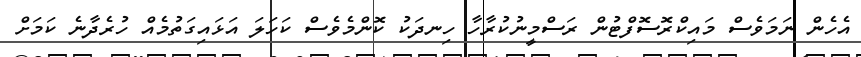
އެހެން ނަމަވެސް މައިކްރޮސޮފްޓުން ރަސްމީނުކުރާހާ ހިނދަކު ކޮންމެވެސް ކަހަލަ އަޅައިގަތުމެއް ހުރެދާނެ ކަމަށް